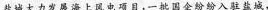
盐城大力发展海上风电项目，一批国企纷纷入驻盐城，